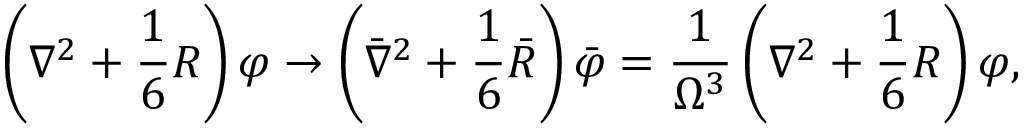
\left( \nabla ^ { 2 } + \frac { 1 } { 6 } R \right) \varphi \rightarrow \left( \bar { \nabla } ^ { 2 } + \frac { 1 } { 6 } \bar { R } \right) \bar { \varphi } = \frac { 1 } { \Omega ^ { 3 } } \left( \nabla ^ { 2 } + \frac { 1 } { 6 } R \right) \varphi ,